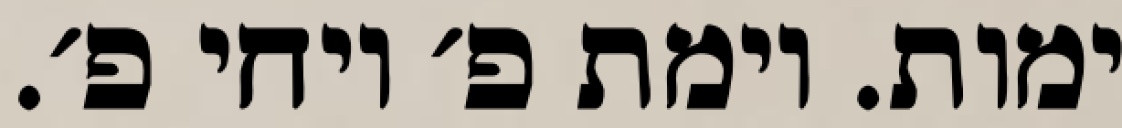
ימות. וימת פ׳ ויחי פ׳.